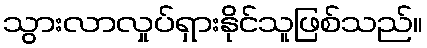
သွားလာလှုပ်ရှားနိုင်သူဖြစ်သည်။